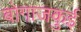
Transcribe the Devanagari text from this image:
बोगाजकुई